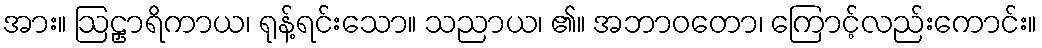
အား။ ဩဠှာရိကာယ၊ ရုန့်ရင်းသော။ သညာယ၊ ၏။ အဘာဝတော၊ ကြောင့်လည်းကောင်း။